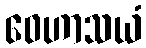
ဝေဟာသယံ